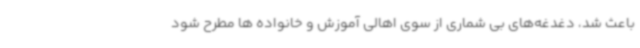
باعث شد، دغدغه‌های بی شماری از سوی اهالی آموزش و خانواده ها مطرح شود